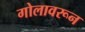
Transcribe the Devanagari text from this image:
गोलावरून